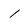
Character: 1